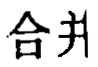
合井